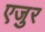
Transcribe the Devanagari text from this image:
एजुर